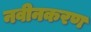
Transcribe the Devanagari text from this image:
नवीनकरण